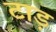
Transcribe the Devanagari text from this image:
टाड़